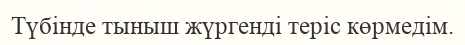
Түбінде тыныш жүргенді теріс көрмедім.